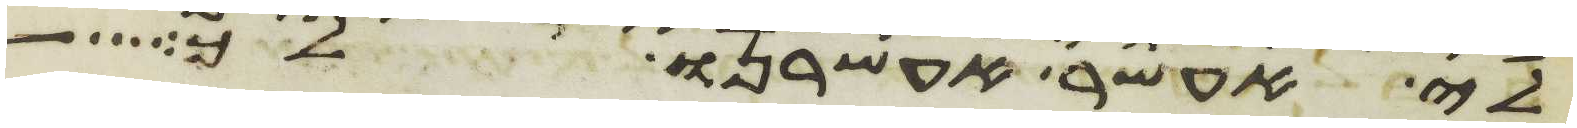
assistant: לי אעשר אעשרנו לך